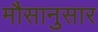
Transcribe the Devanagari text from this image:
मौसानुसार